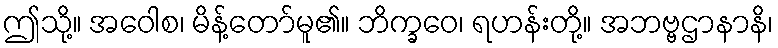
ဤသို့။ အဝေါစ၊ မိန့်တော်မူ၏။ ဘိက္ခဝေ၊ ရဟန်းတို့။ အဘဗ္ဗဌာနာနိ၊